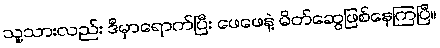
သူ့သားလည်း ဒီမှာရောက်ပြီး ဖေဖေနဲ့ မိတ်ဆွေဖြစ်နေကြပြီ။